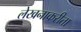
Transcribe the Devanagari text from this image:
लेखनाकरीता